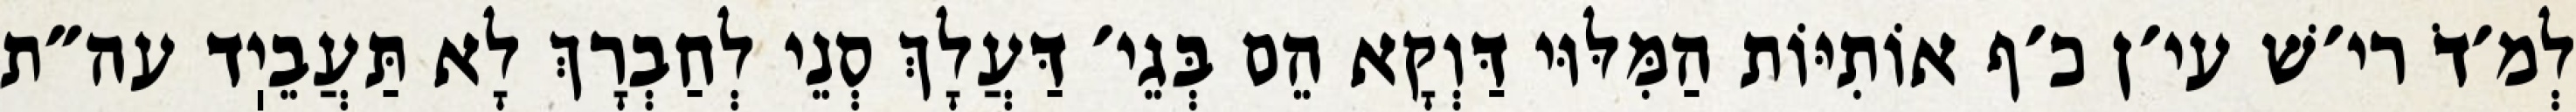
לְמ׳דֹ רי׳שׁ עי׳ן כ׳ף אוֹתִיּוֹת הַמִּלּוּי דַּוְקָא הֵם בְּגֵי׳ דַּעֲלָךְ סְנֵי לְחַבְרָךְ לָא תַּעֲבֵיֽד עה״ת